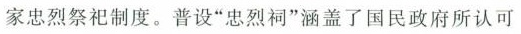
家忠烈祭祀制度。普设”忠烈祠”涵盖了国民政府所认可